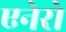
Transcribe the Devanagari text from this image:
एनेरो